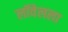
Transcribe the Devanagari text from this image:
लॉवेलला